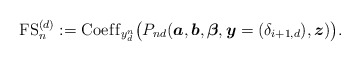
\begin{gather*}{\rm FS}_n^{(d)}:= {\rm Coef\/f}_{y_{d}^n} \big(P_{nd}({\boldsymbol{a}},{\boldsymbol{b}}, {\boldsymbol{\beta}}, {\boldsymbol{y}}=(\delta_{i+1,d}), {\boldsymbol{z}}) \big).\end{gather*}